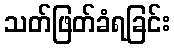
သတ်ဖြတ်ခံရခြင်း